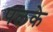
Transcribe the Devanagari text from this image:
पलके